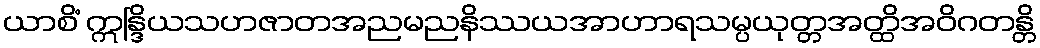
ယာစိံ ဣန္ဒြိယသဟဇာတအညမညနိဿယအာဟာရသမ္ပယုတ္တအတ္ထိအဝိဂတန္တိ